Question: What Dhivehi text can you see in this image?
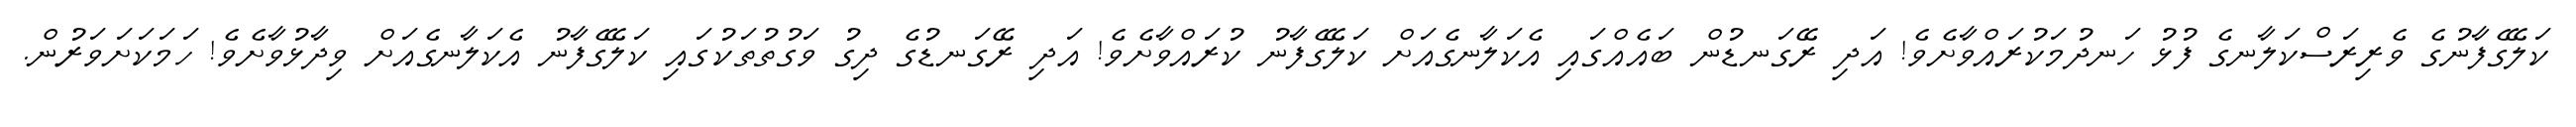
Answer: ކަލޭގެފާނުގެ ވެރިރަސްކަލާނގެ ފުޅު ހަނދުމަކުރައްވާށެވެ! އަދި ރޭގަނޑުން ބައެއްގައި އެކަލާނގެއަށް ކަލޭގެފާނު ކުރައްވާށެވެ! އަދި ރޭގަނޑުގެ ދިގު ވަގުތުތަކުގައި ކަލޭގެފާނު އެކަލާނގެއަށް ވިދާޅުވާށެވެ! ހަމަކަށަވަރުން.